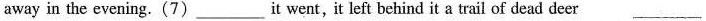
away in the evening.(7)___t went, it left behind it a trail of dead deer___